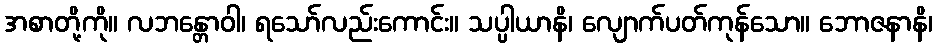
အစာတို့ကို။ လဘန္တောဝါ၊ ရသော်လည်းကောင်း။ သပ္ပါယာနိ၊ လျောက်ပတ်ကုန်သော။ ဘောဇနာနိ၊